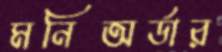
মনিঅর্ডার